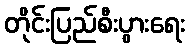
တိုင်းပြည်စီးပွားရေး